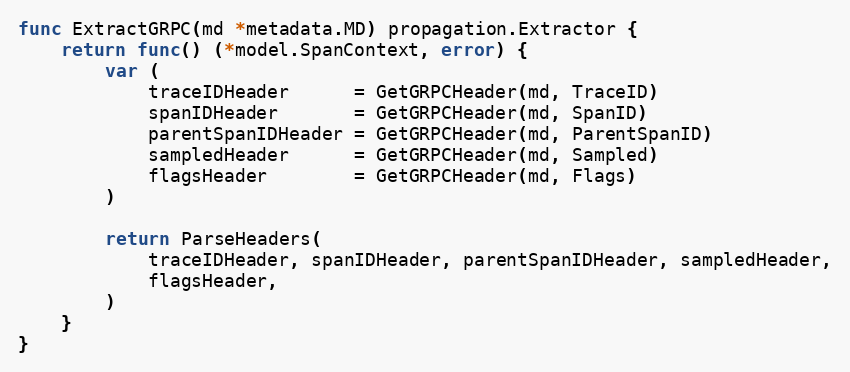
Language: Go
func ExtractGRPC(md *metadata.MD) propagation.Extractor {
	return func() (*model.SpanContext, error) {
		var (
			traceIDHeader      = GetGRPCHeader(md, TraceID)
			spanIDHeader       = GetGRPCHeader(md, SpanID)
			parentSpanIDHeader = GetGRPCHeader(md, ParentSpanID)
			sampledHeader      = GetGRPCHeader(md, Sampled)
			flagsHeader        = GetGRPCHeader(md, Flags)
		)

		return ParseHeaders(
			traceIDHeader, spanIDHeader, parentSpanIDHeader, sampledHeader,
			flagsHeader,
		)
	}
}